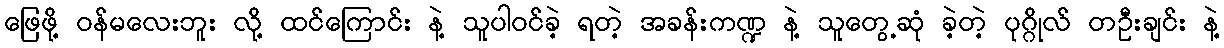
ဖြေဖို့ ဝန်မလေးဘူး လို့ ထင်ကြောင်း နဲ့ သူပါဝင်ခဲ့ ရတဲ့ အခန်းကဏ္ဍ နဲ့ သူတွေ့ဆုံ ခဲ့တဲ့ ပုဂ္ဂိုလ် တဦးချင်း နဲ့